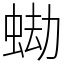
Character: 蜐